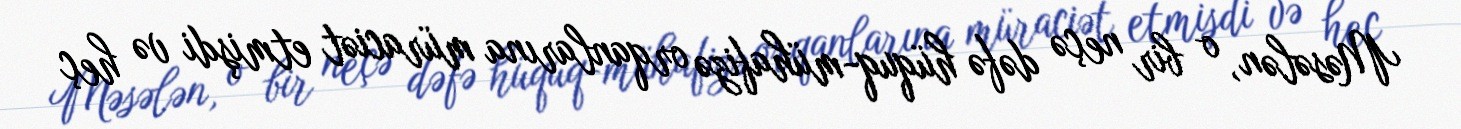
Məsələn, o bir neçə dəfə hüquq-mühafizə orqanlarına müraciət etmişdi və heç